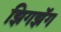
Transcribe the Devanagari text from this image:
झिगझॅग